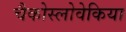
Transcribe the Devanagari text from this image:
चैकोस्लोवेकिया